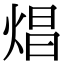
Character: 焻